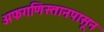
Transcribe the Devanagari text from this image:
अफगणिस्तानपासून